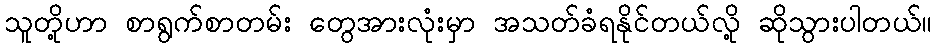
သူတို့ဟာ စာရွက်စာတမ်း တွေအားလုံးမှာ အသတ်ခံရနိုင်တယ်လို့ ဆိုသွားပါတယ်။